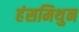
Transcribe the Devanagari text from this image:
हंसमिथुन